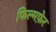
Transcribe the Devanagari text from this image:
फिल्मफ़ेर